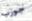
جورب